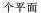
个平面